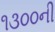
૧૩૦૦ની